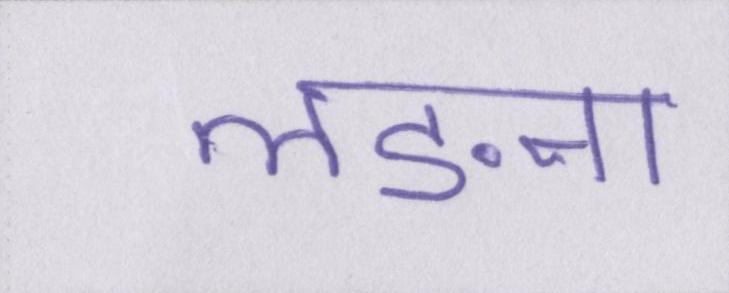
लङना